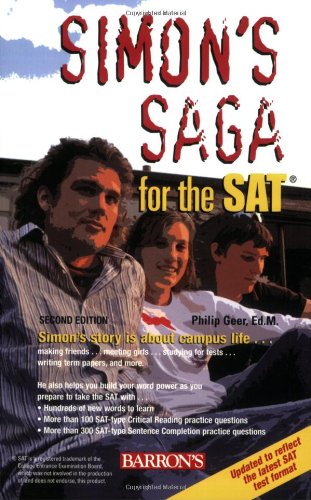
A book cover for Simon's Saga for the SAT; Philip Geer; Test Preparation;